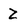
Character: Z